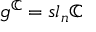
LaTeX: { \mathfrak { g } } ^ { \mathbb { C } } = { \mathfrak { s l } } _ { n } \mathbb { C }